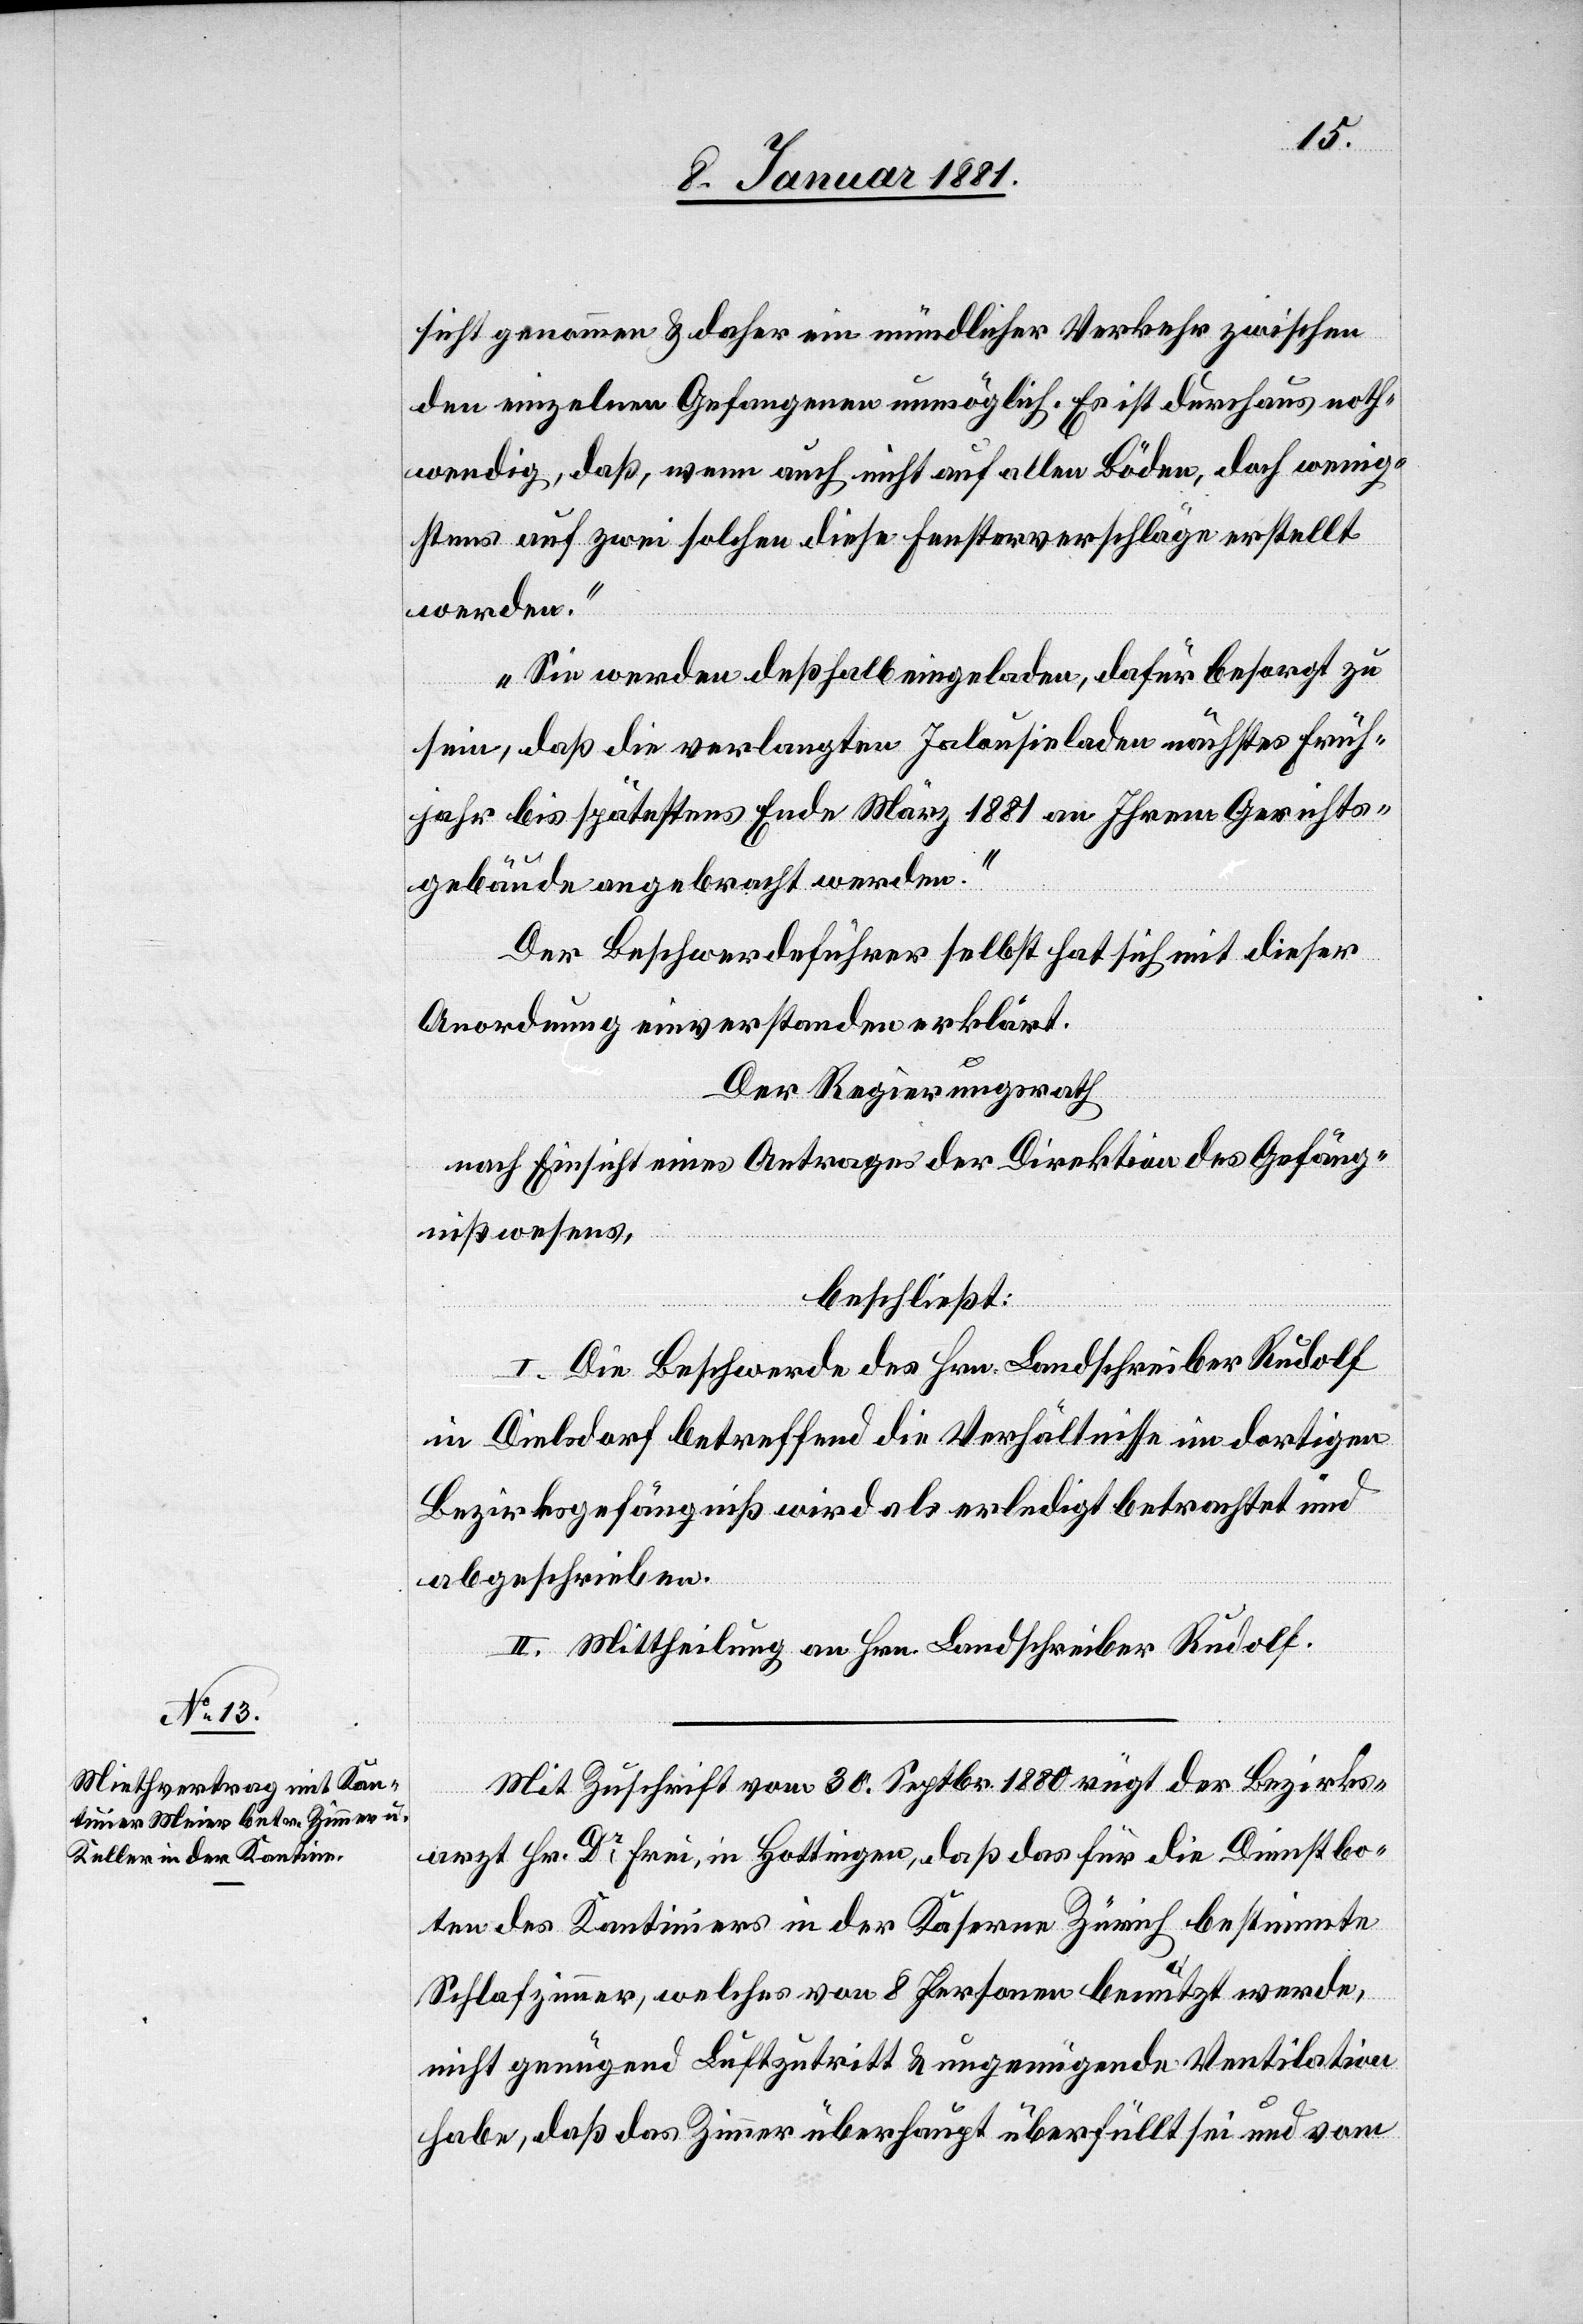
sicht genommen & daher ein mündlicher Verkehr zwischen
den einzelnen Gefangenen unmöglich. Es ist durchaus noth¬
wendig, daß, wenn auch nicht auf allen Böden, doch wenig¬
stens auf zwei solchen diese Fensterverschläge erstellt
werden.
Sie werden deßhalb eingeladen, dafür besorgt zu
sein, daß die verlangten Jalousieladen nächstes Früh¬
jahr bis spätestens Ende März 1881 an Ihrem Gerichts¬
gebäude angebracht werden.“
Der Beschwerdeführer selbst hat sich mit dieser
Anordnung einverstanden erklärt.
Der Regierungsrath
nach Einsicht eines Antrages der Direktion des Gefäng¬
nißwesens,
beschließt:
I. Die Beschwerde des Hrn. Landschreiber Rudolf
in Dielsdorf betreffend die Verhältnisse im dortigen
Bezirksgefängniß wird als erledigt betrachtet und
abgeschrieben.
II. Mittheilung an Hrn. Landschreiber Rudolf.
Mit Zuschrift vom 30. Septbr. 1880 rügt der Bezirks¬
arzt Hr. Dr Frei, in Hottingen, daß das für die Dienstbo¬
ten des Kantiniers in der Kaserne Zürich bestimmte
Schlafzimmer, welches von 8 Personen benutzt werde,
nicht genügend Luftzutritt & ungenügende Ventilation
habe, daß das Zimmer überhaupt überfüllt sei und vom